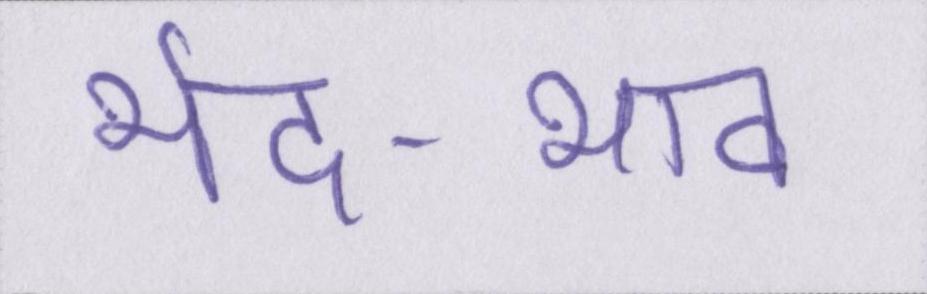
भेद-भाव